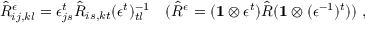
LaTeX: \hat { R } _ { i j , k l } ^ { \epsilon } = \epsilon _ { j s } ^ { t } \hat { R } _ { i s , k t } ( \epsilon ^ { t } ) _ { t l } ^ { - 1 } \quad ( \hat { R } ^ { \epsilon } = ( { \bf 1 } \otimes \epsilon ^ { t } ) \hat { R } ( { \bf 1 } \otimes ( \epsilon ^ { - 1 } ) ^ { t } ) ) \; ,